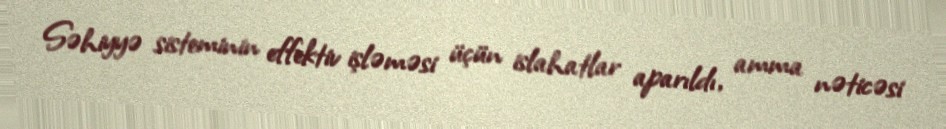
Səhiyyə sisteminin effektiv işləməsi üçün islahatlar aparıldı, amma nəticəsi